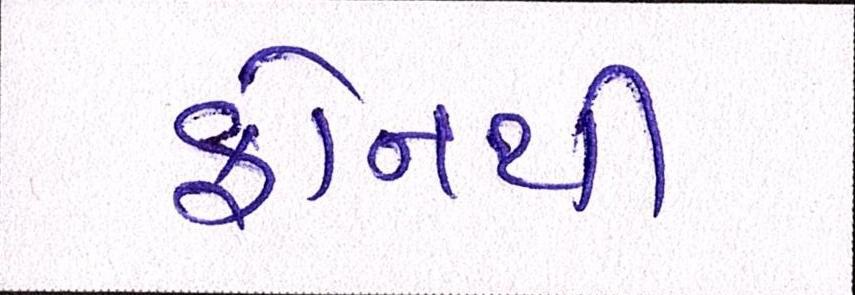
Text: ફોનથી